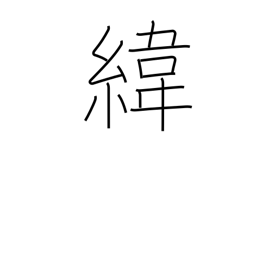
Meaning: (parallels of) latitude